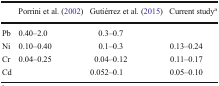
<table><thead><tr><td></td><td><b>Porrini et al. (2002)</b></td><td><b>Gutiérrez et al. (2015)</b></td><td><b>Current study<sup>a</sup></b></td></tr></thead><tbody><tr><td>Pb</td><td>0.40–2.0</td><td>0.3–0.7</td><td></td></tr><tr><td>Ni</td><td>0.10–0.40</td><td>0.1–0.3</td><td>0.13–0.24</td></tr><tr><td>Cr</td><td>0.04–0.25</td><td>0.04–0.12</td><td>0.11–0.17</td></tr><tr><td>Cd</td><td></td><td>0.052–0.1</td><td>0.05–0.10</td></tr></tbody></table>